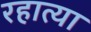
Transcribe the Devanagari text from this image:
रहात्या